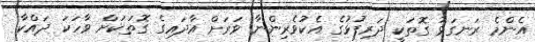
އެންމެ ރަނގަޅު ގޮތަކީ ދަރިފުޅުގެ އެކުވެރިންނާ ވަރަށް އާދައިގެ ގޮތަކަށް ވާހަކަ ދައްކާ